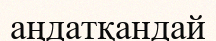
аңдатқандай